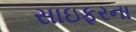
સાઇફરના